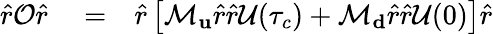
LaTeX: \begin{array}{rlr}{\hat{r}\mathcal{O}\hat{r}}&{{}=}&{\hat{r}\left[\mathcal{M}_{\mathbf u}\hat{r}\hat{r}\mathcal{U}(\tau_{c})+\mathcal{M}_{\mathbf d}\hat{r}\hat{r}\mathcal{U}(0)\right]\hat{r}}\end{array}